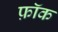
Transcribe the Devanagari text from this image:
फ़ॉक